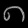
Digit: ၈